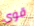
قوى